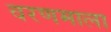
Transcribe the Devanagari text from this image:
वरणमाला